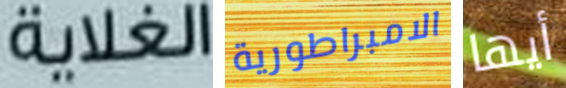
الغلاية الامبراطورية أيها